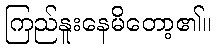
ကြည်နူးနေမိတော့၏။